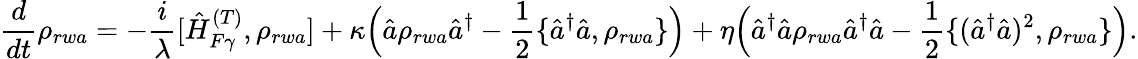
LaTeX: \frac{d}{dt}\rho_{rwa}=-\frac{i}{\lambda}[\hat{H}_{F\gamma}^{(T)},\rho_{rwa}]+\kappa\Big(\hat{a}\rho_{rwa}\hat{a}^{\dagger}-\frac{1}{2}\{ \hat{a}^{\dagger}\hat{a},\rho_{rwa}\} \Big)+\eta\Big(\hat{a}^{\dagger}\hat{a}\rho_{rwa}\hat{a}^{\dagger}\hat{a}-\frac{1}{2}\{ (\hat{a}^{\dagger}\hat{a})^{2},\rho_{rwa}\} \Big).